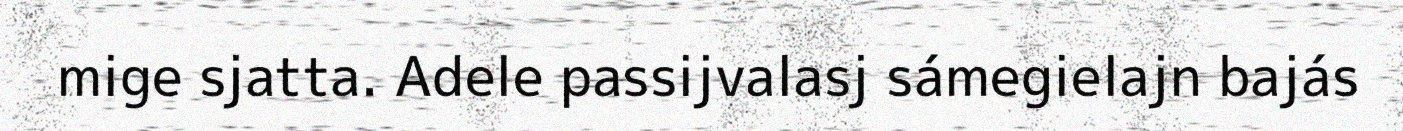
mige sjatta. Adele passijvalasj sámegielajn bajás